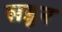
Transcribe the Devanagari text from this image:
सडून